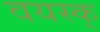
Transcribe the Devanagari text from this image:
वयस्क्